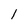
Character: l